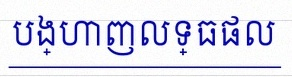
បង្ហាញលទ្ធផល